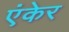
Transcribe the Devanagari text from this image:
एंकेर